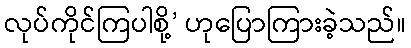
လုပ်ကိုင်ကြပါစို့’ ဟုပြောကြားခဲ့သည်။